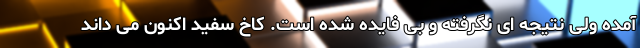
آمده ولی نتیجه ای نگرفته و بی فایده شده است. کاخ سفید اکنون می داند